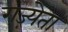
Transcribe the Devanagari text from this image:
गज़्येता